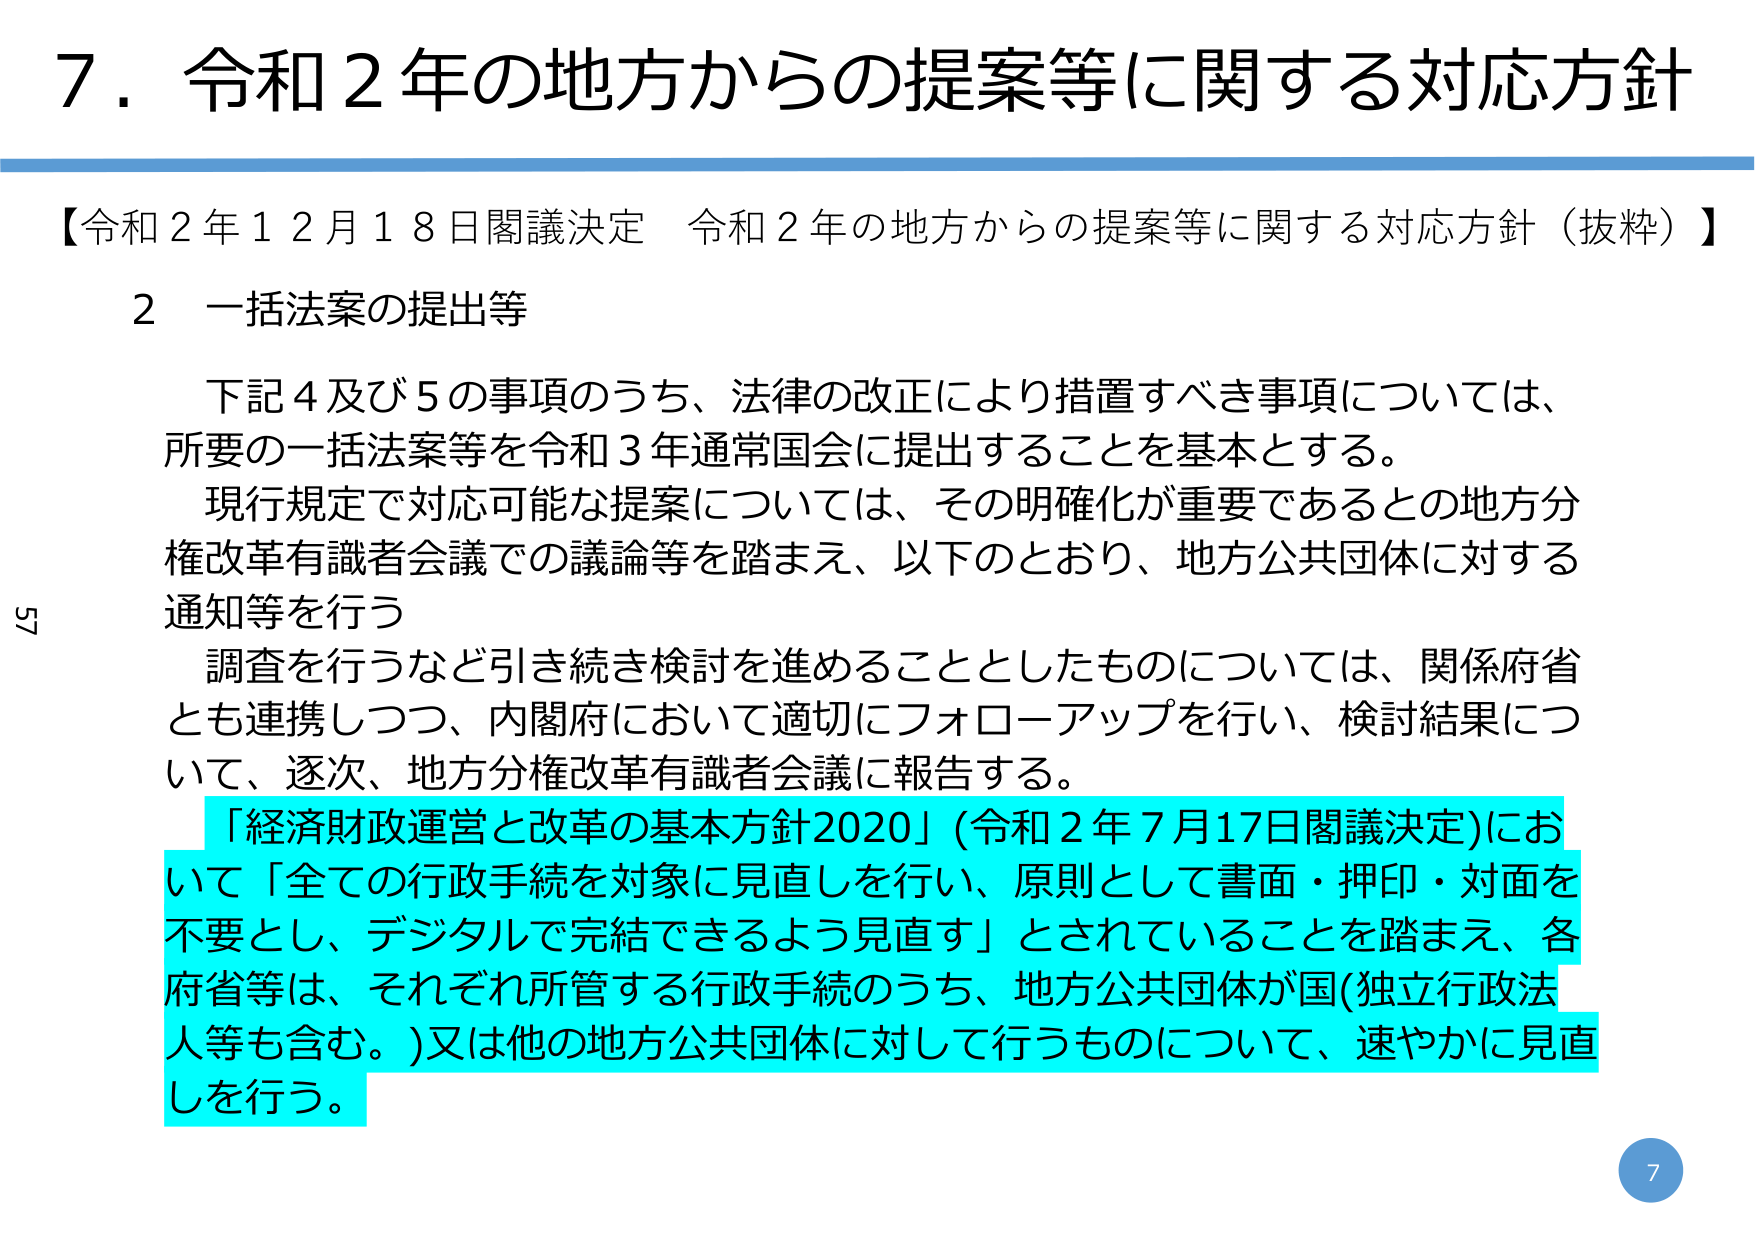
7．令和２年の地方からの提案等に関する対応方針

【令和２年１２月１８日閣議決定 令和２年の地方からの提案等に関する対応方針（抜粋）】

２ 一括法案の提出等

下記４及び５の事項のうち、法律の改正により措置すべき事項については、
所要の一括法案等を令和３年通常国会に提出することを基本とする。
現行規定で対応可能な提案については、その明確化が重要であるとの地方分
権改革有識者会議での議論等を踏まえ、以下のとおり、地方公共団体に対する
通知等を行う
調査を行うなど引き続き検討を進めることとしたものについては、関係府省
とも連携しつつ、内閣府において適切にフォローアップを行い、検討結果につ
いて、逐次、地方分権改革有識者会議に報告する。
「経済財政運営と改革の基本方針2020」（令和２年７月17日閣議決定）にお
いて「全ての行政手続を対象に見直しを行い、原則として書面・押印・対面を
不要とし、デジタルで完結できるよう見直す」とされていることを踏まえ、各
府省等は、それぞれ所管する行政手続のうち、地方公共団体が国（独立行政法
人等も含む。）又は他の地方公共団体に対して行うものについて、速やかに見直
しを行う。

57
7